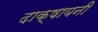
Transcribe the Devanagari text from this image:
दाक्षायनी